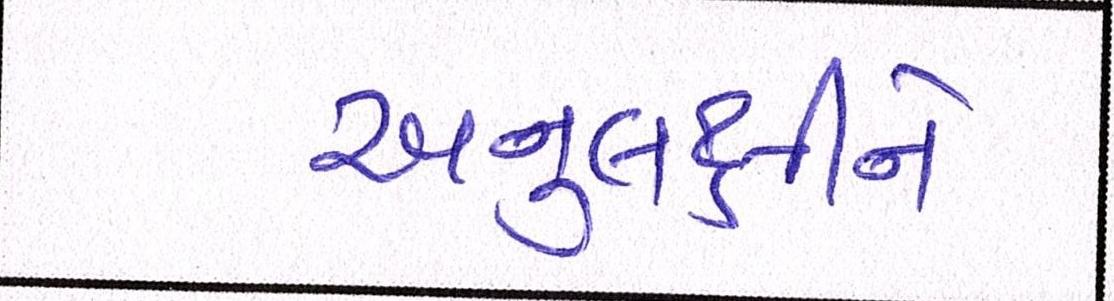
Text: અનુલક્ષીને